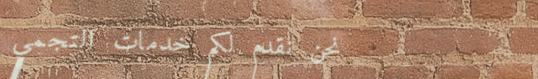
نحن نقدم لكم خدمات التجمي